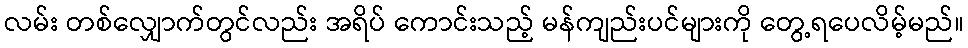
လမ်း တစ်လျှောက်တွင်လည်း အရိပ် ကောင်းသည့် မန်ကျည်းပင်များကို တွေ့ရပေလိမ့်မည်။